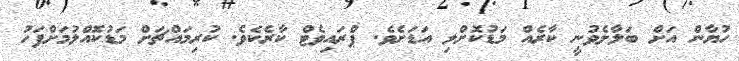
ހުޔާން އަށް ބަލާލެވުނީ ކާރެއް މަޑުކޮށްލި އަޑަށެވެ. ޕްރައިވެޓް ކާރެކެވެ. ކުރިމައްޗަށް މަޑުކޮއްލުމަށްފަހު